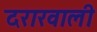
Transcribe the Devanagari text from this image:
दरारवाली